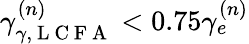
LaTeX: \gamma_{\gamma,\mathrm{~L~C~F~A~}}^{(n)}<0.75\gamma_{e}^{(n)}